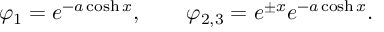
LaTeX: \varphi _ { 1 } = e ^ { - a \cosh x } , \qquad \varphi _ { 2 , 3 } = e ^ { \pm x } e ^ { - a \cosh x } .